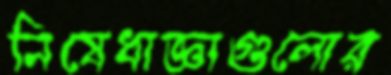
নিষেধাজ্ঞাগুলোর